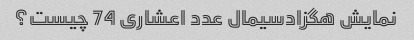
نمایش هگزادسیمال عدد اعشاری 74 چیست؟